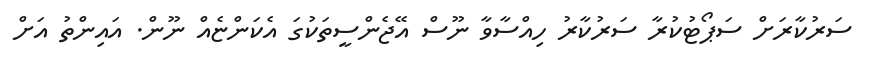
ސަރުކާރަށް ސަޕޯޓުކުރާ ސަރުކާރު ހިއްސާވާ ނޫސް އޭޖެންސީތަކުގަ އެކަންޏެއް ނޫން. އައިންތު އަށް